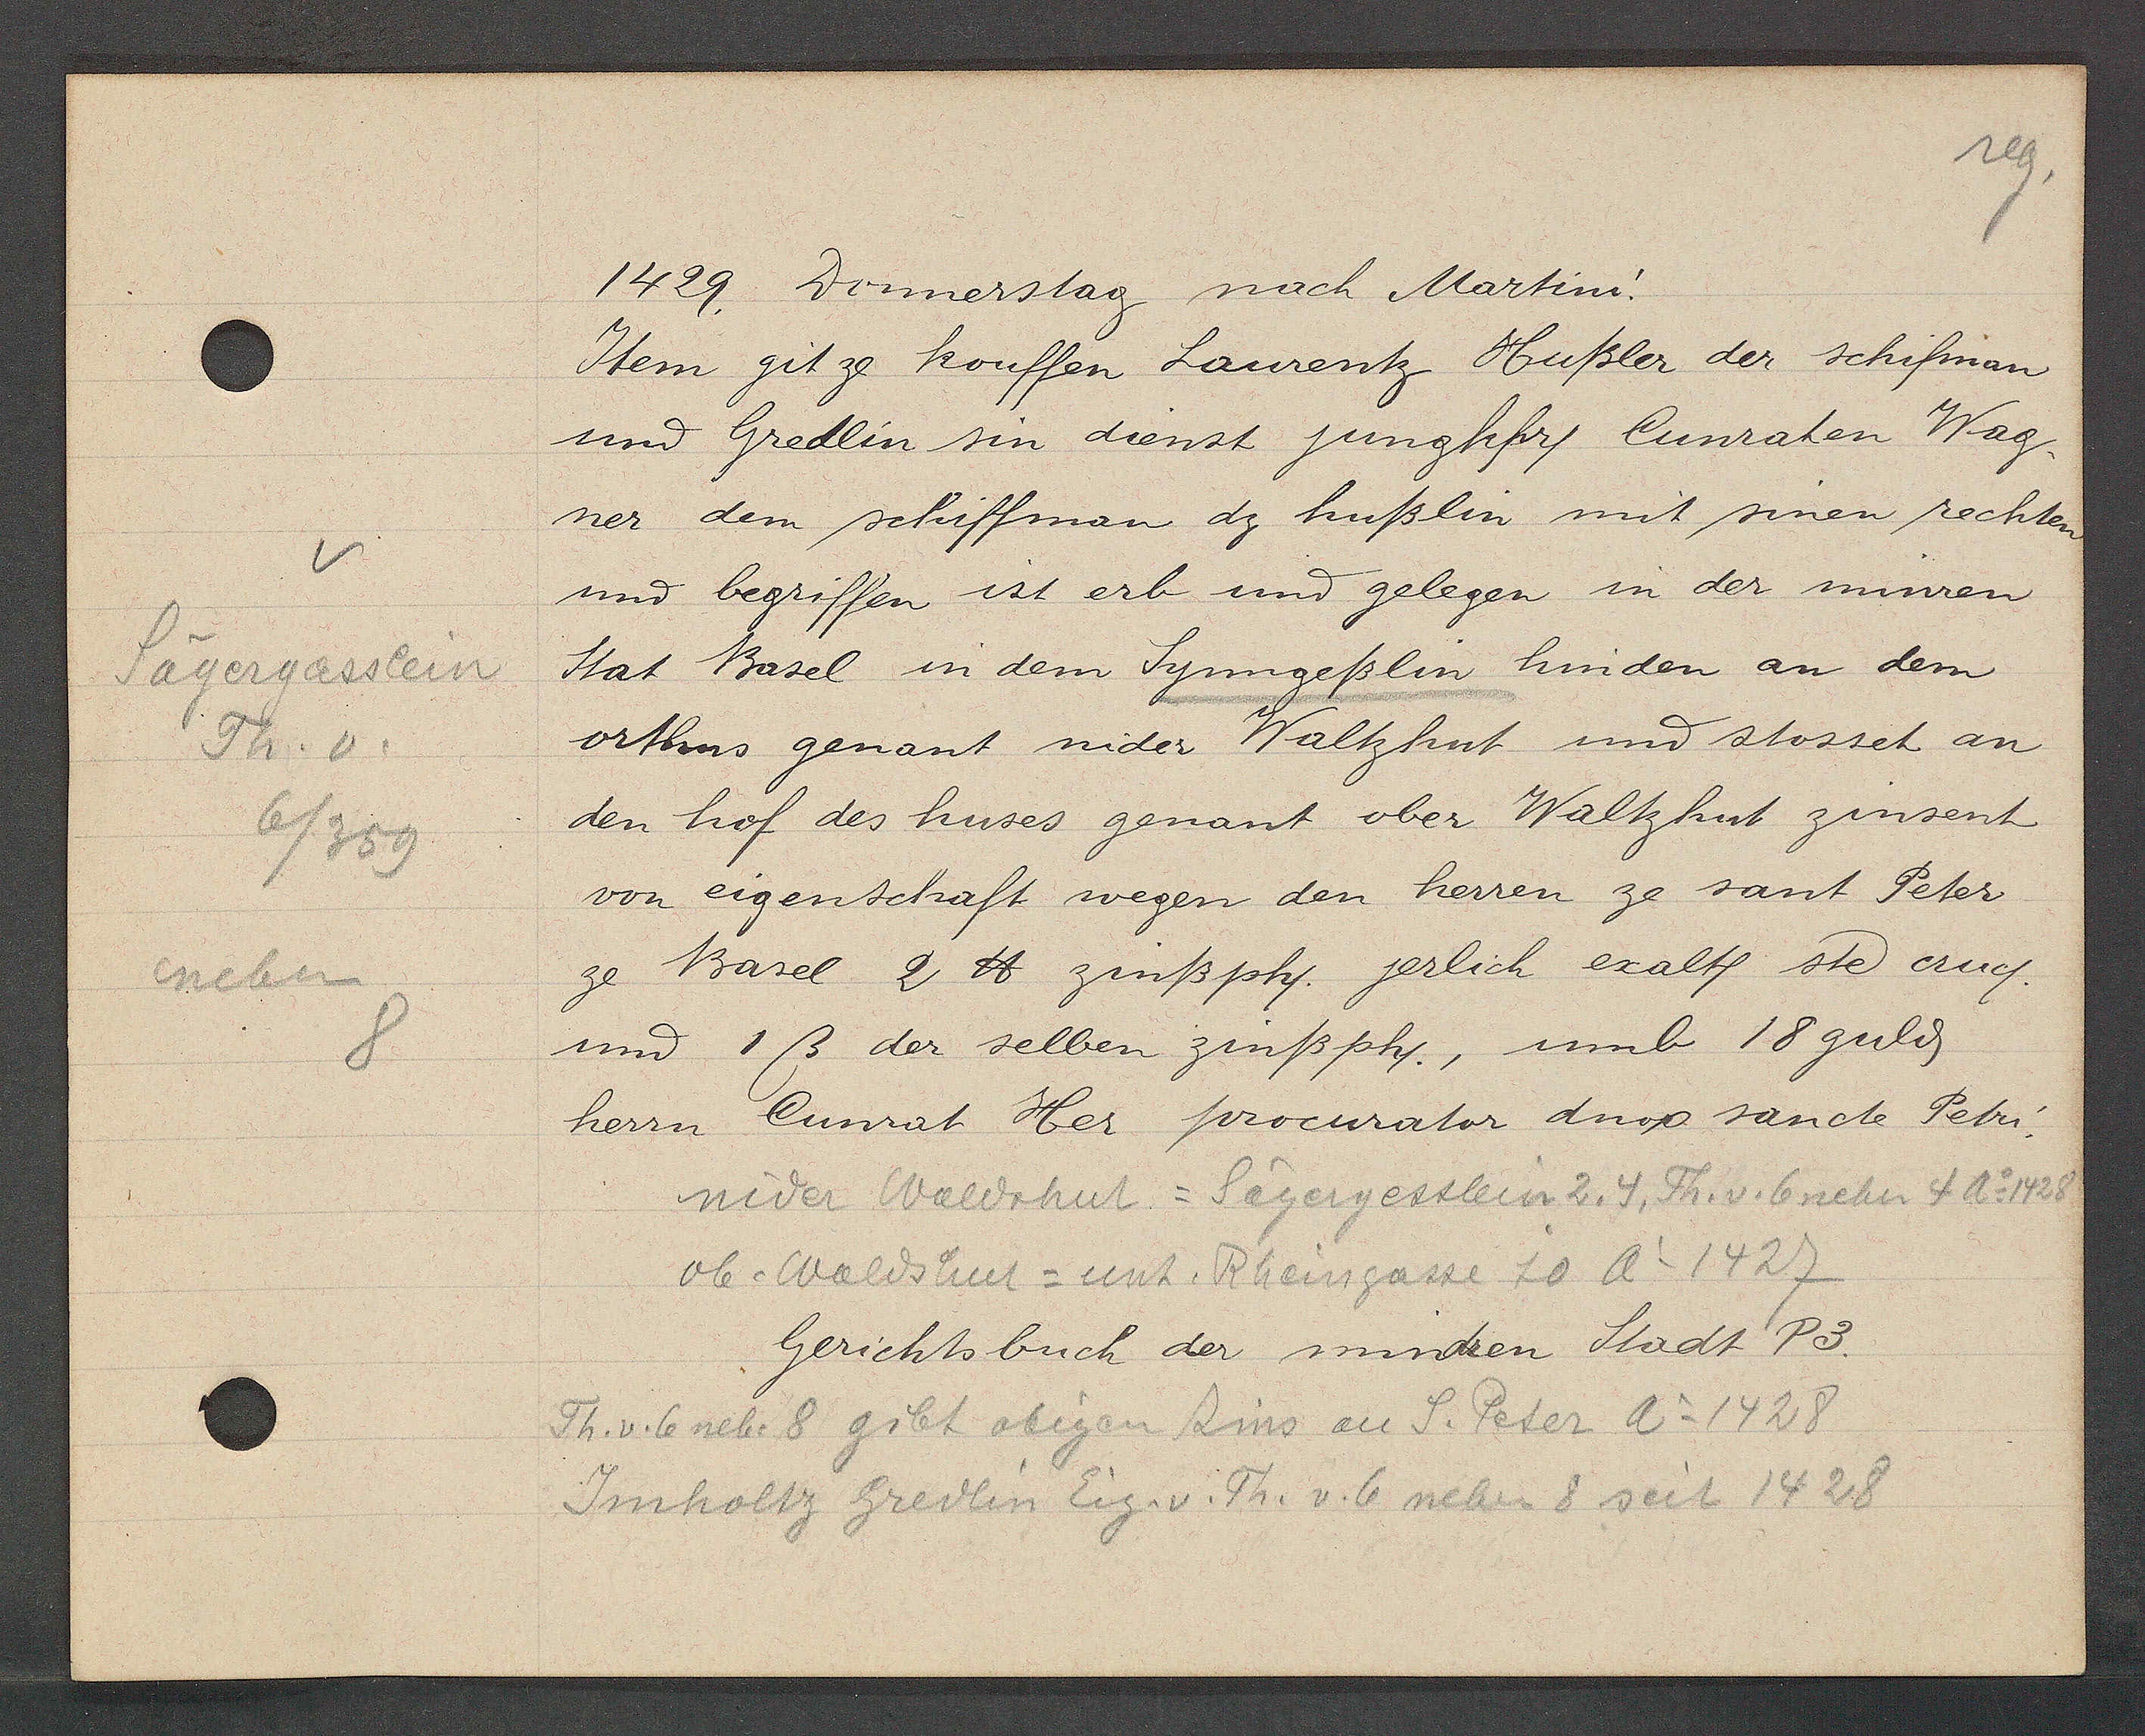
Transcript:
Sägergässlein
Th. v
6/359
neben
8

1429. Donnerstag nach Martini.

Item git ze kouffen Laurentz Hußler der schifman
und Gredlin sin dienst jungkhrs Cunraten Wag¬
ner dem schiffman dz hußlin mit sinen rechten
und begriffen ist erb und gelegen in der minren
Stat Basel in dem Synngeßlin hinden an dem
orthus genant nider Waltzhut und stosset an
den hof des huses genant ober Waltzhut zinsent
von eigenschaft wegen den herren ze sant Peter
ze Basel 2 ℔ zinßph. jerlich exalt ste cruc.
und 1ß der selben zinßph, umb 18 guld
herrn Cunrat Her procurator dnop sancte Petri.

nider Waldshut = Sägergesslein 2, 4, Th. v. 6 neben 4 Ao 1428
ob. Waldshut = unt. Rheingasse 10 Ao 1427
Th. v. 6 nebe 8 gibt obigen Zins an S. Peter Ao 1428
Imholtz Gredlin Eig. v. Th. v. 6 neben 8 seit 1428

Gerichtsbuch der mindren Stadt P3.